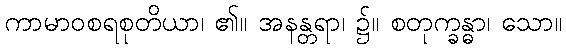
ကာမာဝစရစုတိယာ၊ ၏။ အနန္တရာ၊ ၌။ စတုက္ခန္ဓာ၊ သော။